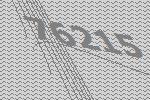
76215